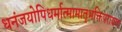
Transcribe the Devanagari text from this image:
धनंजयोपिधर्मात्मामातृभक्तिपरायणः